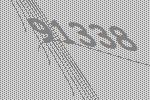
91338